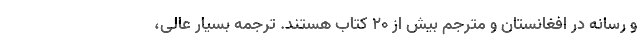
و رسانه در افغانستان و مترجم بیش از 20 کتاب هستند. ترجمه بسیار عالی،